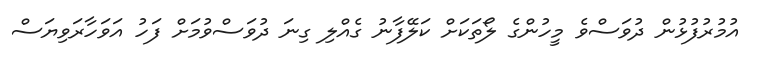
އުމުރުފުޅުން ދުވަސްވެ މީހުންގެ ލޯތަކަށް ކަލޭފާނު ގެއްލި ގިނަ ދުވަސްވުމަށް ފަހު އަވަހާރަވިޔަސް